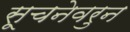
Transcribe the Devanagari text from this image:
सूचनेवरुन